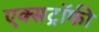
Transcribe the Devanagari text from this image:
एक्सट्रॉफी